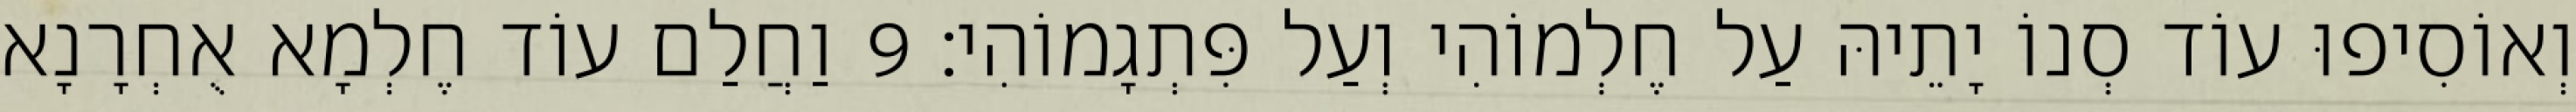
וְאוֹסִיפוּ עוֹד סְנוֹ יָתֵיהּ עַל חֶלְמוֹהִי וְעַל פִּתְגָמוֹהִי׃ 9 וַחֲלַם עוֹד חֶלְמָא אֻחְרָנָא